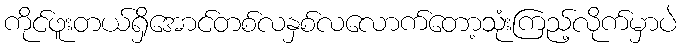
ကိုင်ဖူးတယ်ရှိအောင်တစ်လနှစ်လလောက်တော့သုံးကြည့်လိုက်မှာပဲ